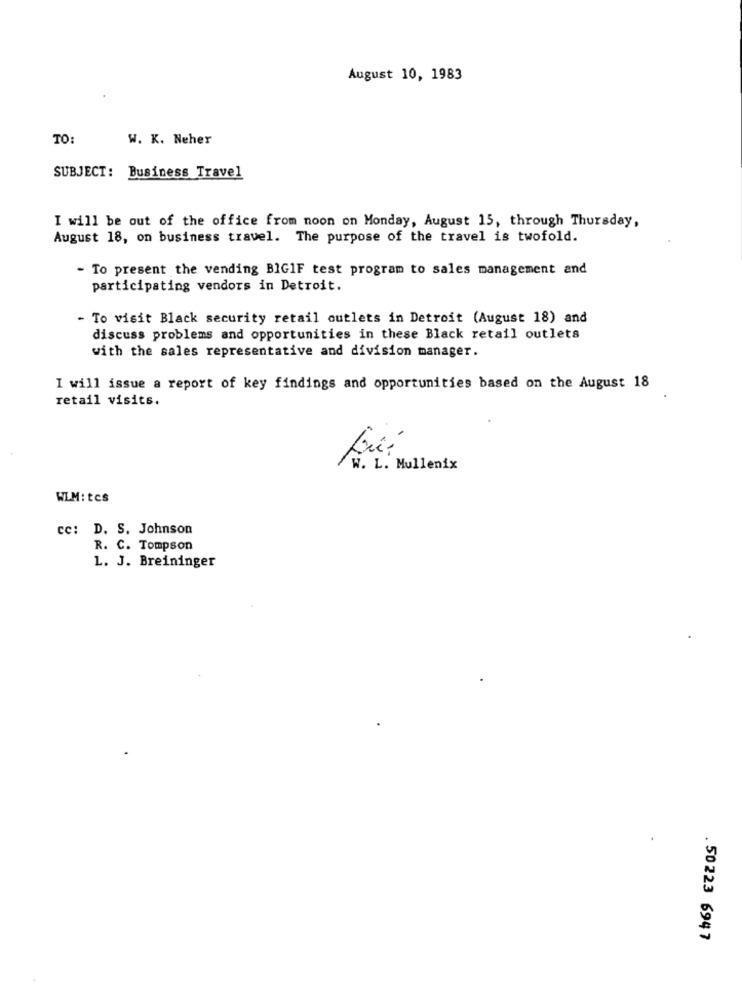
August 10, 1983
TO:
W. K. Neher
SUBJECT: Business Travel
I will be out of the office from noon on Monday, August 15, through Thursday,
August 18, on business travel. The purpose of the travel is twofold.
- To present the vending BIG1F test program to sales management and
participating vendors in Detroit.
- To visit Black security retail outlets in Detroit (August 18) and
discuss problems and opportunities in these Black retail outlets
with the sales representative and division manager.
I will issue a report of key findings and opportunities based on the August 18
retail visits.
/W. L. Mullenix
WLM: tcs
cc: D. S. Johnson
R. C. Tompson
L. J. Breininger
. 50223 694 7